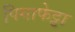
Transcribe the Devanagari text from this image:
पिगाफेट्टा